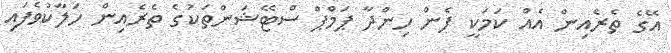
އޭގެ ތެރެއިން އެއް ކަމަކީ ފެން ހިންދާ ޕަމްޕް ސްޓޭޝަންތަކުގެ ތެރެއިން ހަލާކުވެފައި